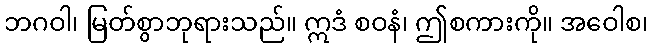
ဘဂဝါ၊ မြတ်စွာဘုရားသည်။ ဣဒံ စဝနံ၊ ဤစကားကို။ အဝေါစ၊